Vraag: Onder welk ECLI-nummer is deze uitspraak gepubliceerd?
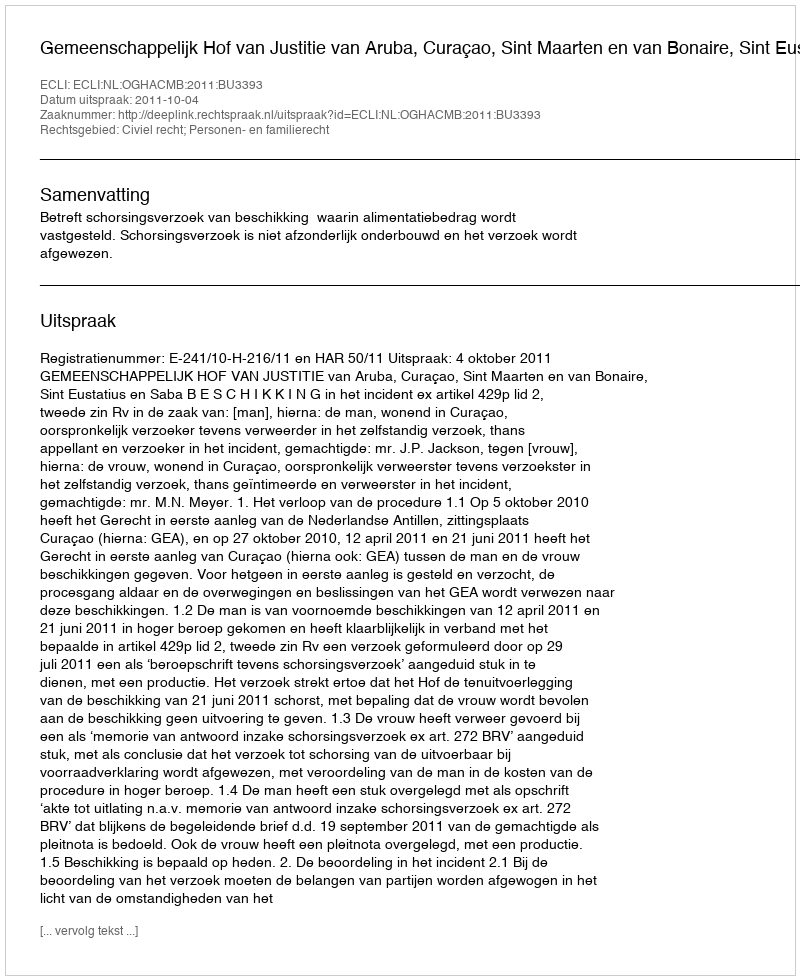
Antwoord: ECLI:NL:OGHACMB:2011:BU3393